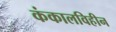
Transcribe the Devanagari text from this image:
कंकालविहीन